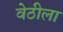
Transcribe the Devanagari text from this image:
वेठीला